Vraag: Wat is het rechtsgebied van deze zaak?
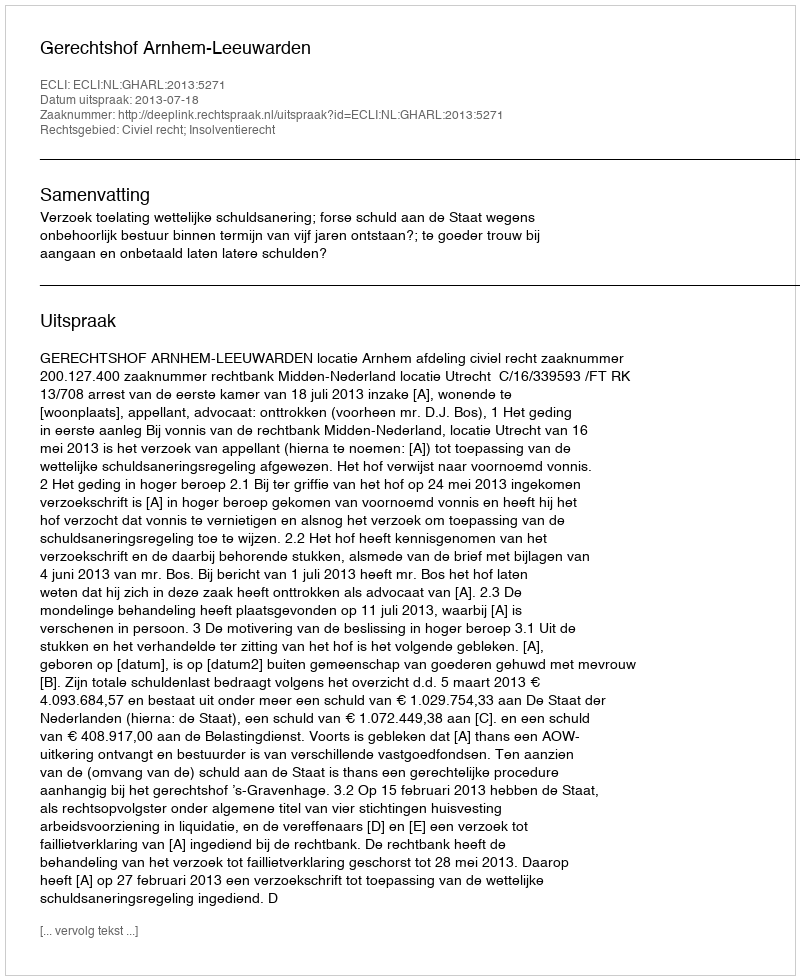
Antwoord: Civiel recht; Insolventierecht